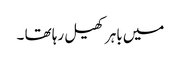
میں باہر کھیل رہا تھا ۔